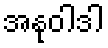
အနုဝါဒါ